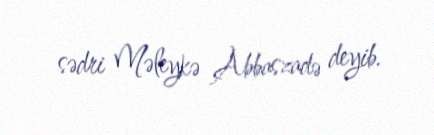
sədri Məleykə Abbaszadə deyib.